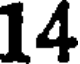
14